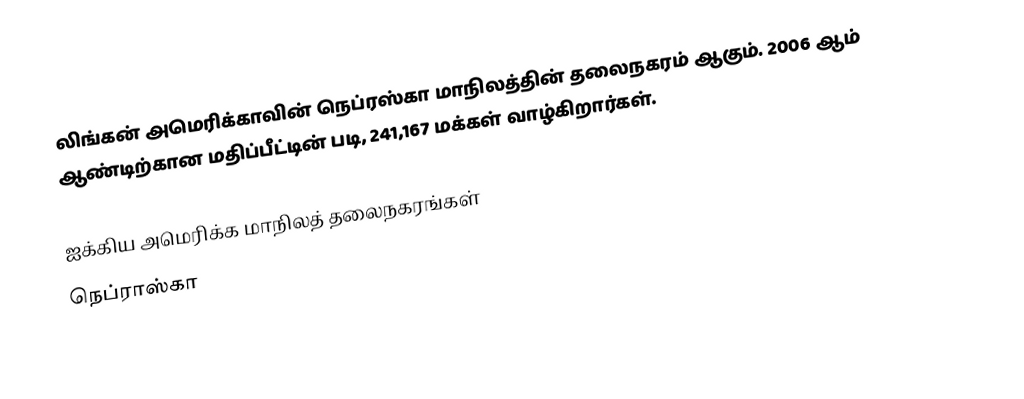
லிங்கன் அமெரிக்காவின் நெப்ரஸ்கா மாநிலத்தின் தலைநகரம் ஆகும். 2006 ஆம் ஆண்டிற்கான மதிப்பீட்டின் படி, 241,167 மக்கள் வாழ்கிறார்கள்.

ஐக்கிய அமெரிக்க மாநிலத் தலைநகரங்கள்
நெப்ராஸ்கா